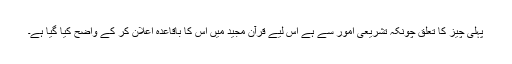
پہلی چیز کا تعلق چونکہ تشریعی امور سے ہے اس لیے قرآن مجید میں اس کا باقاعدہ اعلان کر کے واضح کیا گیا ہے۔